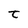
Character: t